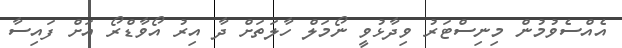
އެއްސެވުމުން މިނިސްޓަރު ވިދާޅުވީ ނޯމަލް ހާލަތަށް ދާ އިރު އޯވާޑްރޯ އަށް ފައިސާ